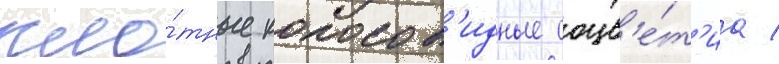
пло́тные колосов'идные соцв'е́т'иа /